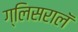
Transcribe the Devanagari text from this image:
ग्लिसरालॅ